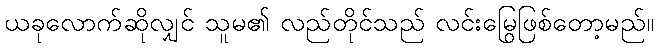
ယခုလောက်ဆိုလျှင် သူမ၏ လည်တိုင်သည် လင်းမြွေဖြစ်တော့မည်။